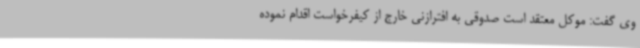
وی گفت: موکل معتقد است صدوقی به افترازنی خارج از کیفرخواست اقدام نموده